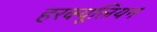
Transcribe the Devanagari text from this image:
हरक्यूलियन